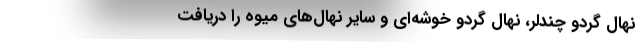
نهال گردو چندلر، نهال گردو خوشه‌ای و سایر نهال­‌های میوه را دریافت